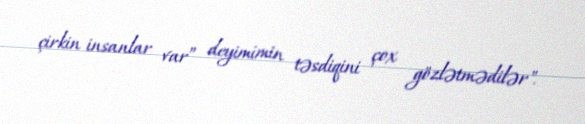
çirkin insanlar var” deyimimin təsdiqini çox gözlətmədilər".